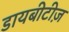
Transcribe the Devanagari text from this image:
डायबीटीज़